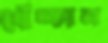
খেঁচ্‌কাল